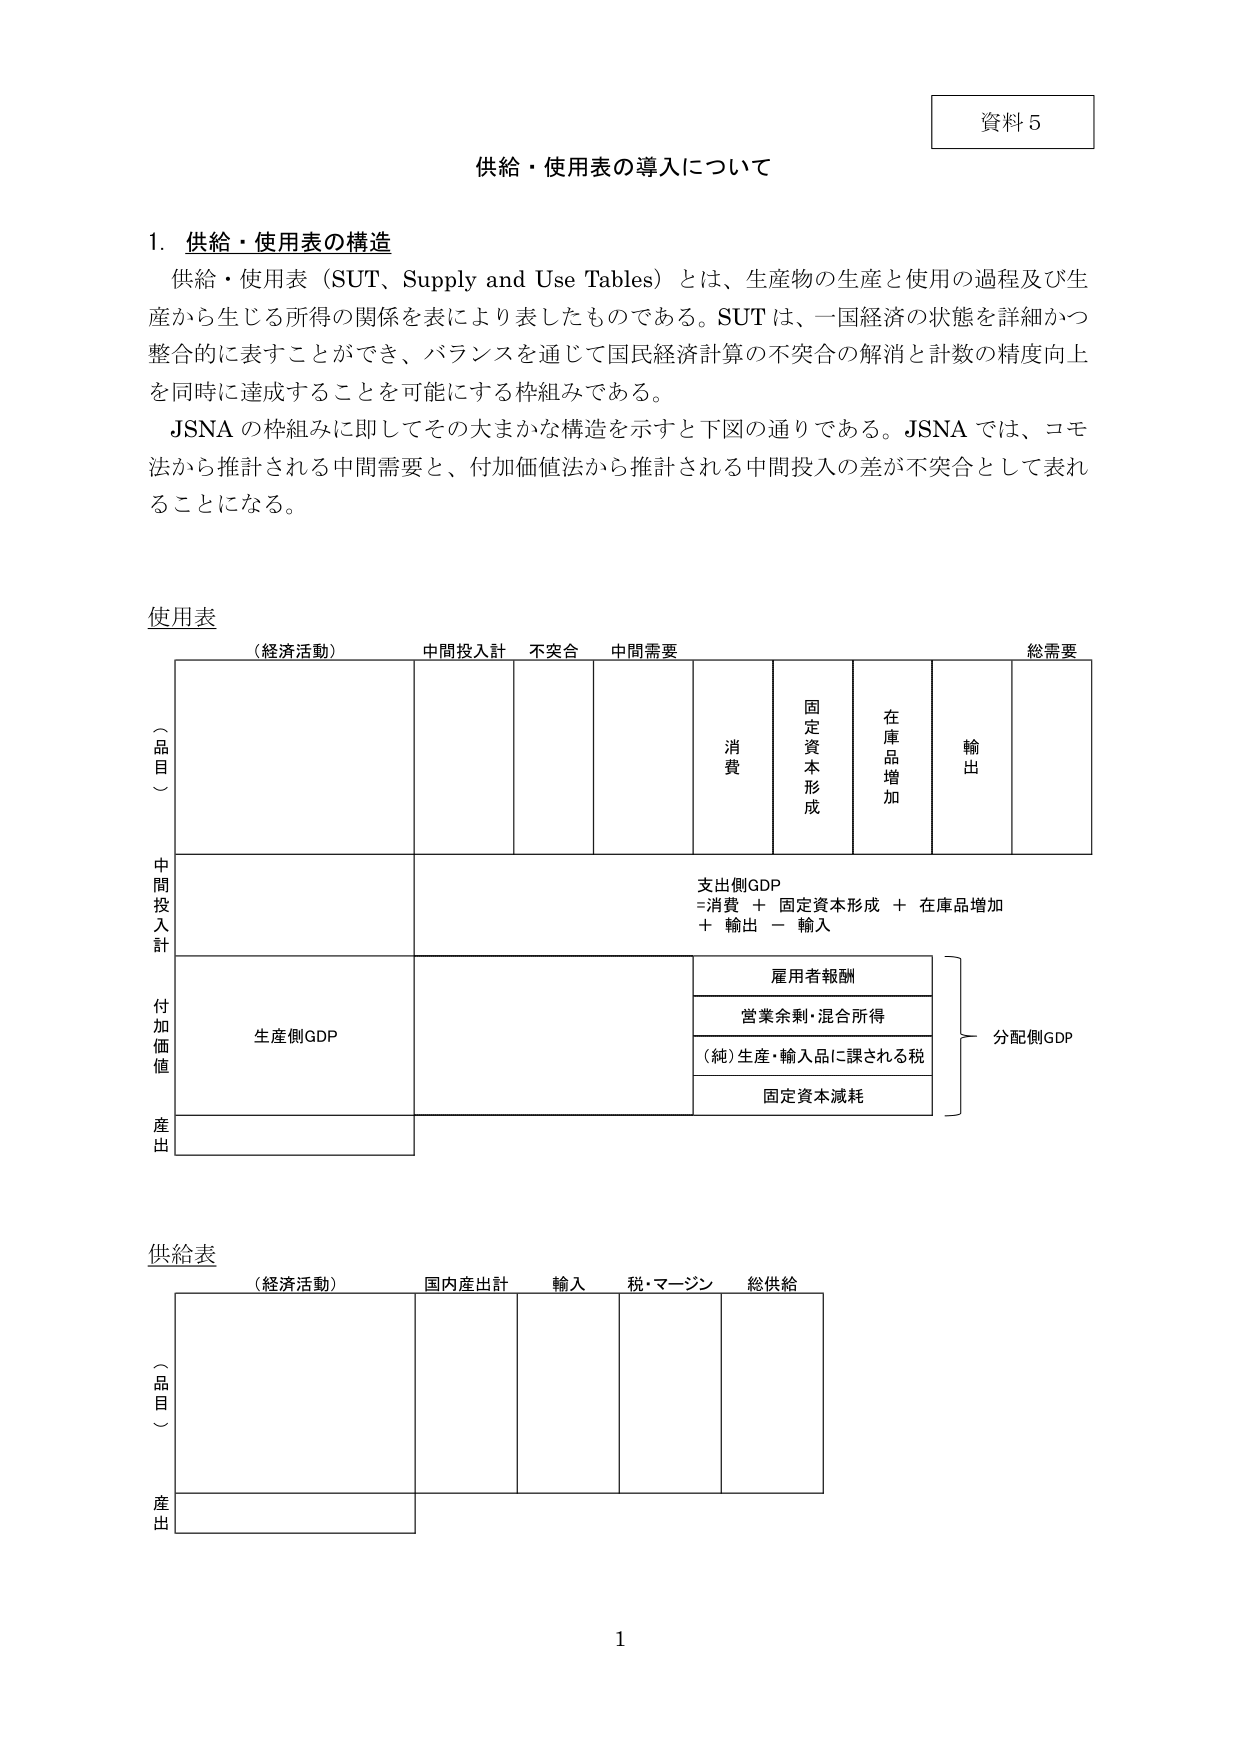
資料５

供給・使用表の導入について

1. 供給・使用表の構造
供給・使用表（SUT、Supply and Use Tables）とは、生産物の生産と使用の過程及び生産から生じる所得の関係を表により表したものである。SUTは、一国経済の状態を詳細かつ整合的に表すことができ、バランスを通じて国民経済計算の不突合の解消と計数の精度向上を同時に達成することを可能にする枠組みである。
JSNAの枠組みに即してその大まかな構造を示すと下図の通りである。JSNAでは、コモ法から推計される中間需要と、付加価値法から推計される中間投入の差が不突合として表れることになる。

使用表
（経済活動）　中間投入計　不突合　中間需要　　総需要
（品目）
中間投入計
付加価値
産出

消費
固定資本形成
在庫品増加
輸出

支出側GDP
＝消費 ＋ 固定資本形成 ＋ 在庫品増加
＋ 輸出 － 輸入

生産側GDP

雇用者報酬
営業余剰・混合所得
（純）生産・輸入品に課される税
固定資本減耗

分配側GDP

供給表
（経済活動）　国内産出計　輸入　税・マージン　総供給
（品目）
産出

1